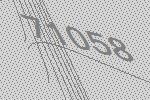
71058